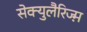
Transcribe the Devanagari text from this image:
सेक्युलैरिज्म़